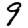
Digit: 9